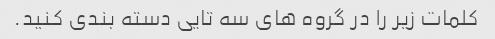
کلمات زیر را در گروه های سه تایی دسته بندی کنید.